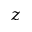
z